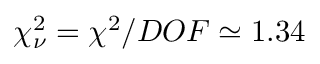
\chi _ { \nu } ^ { 2 } = \chi ^ { 2 } / D O F \simeq 1 . 3 4